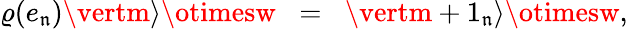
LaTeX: \varrho(e_{\mathfrak{n}})\vertm\rangle\otimesw\; \; =\; \; \vertm+1_{\mathfrak{n}}\rangle\otimesw,